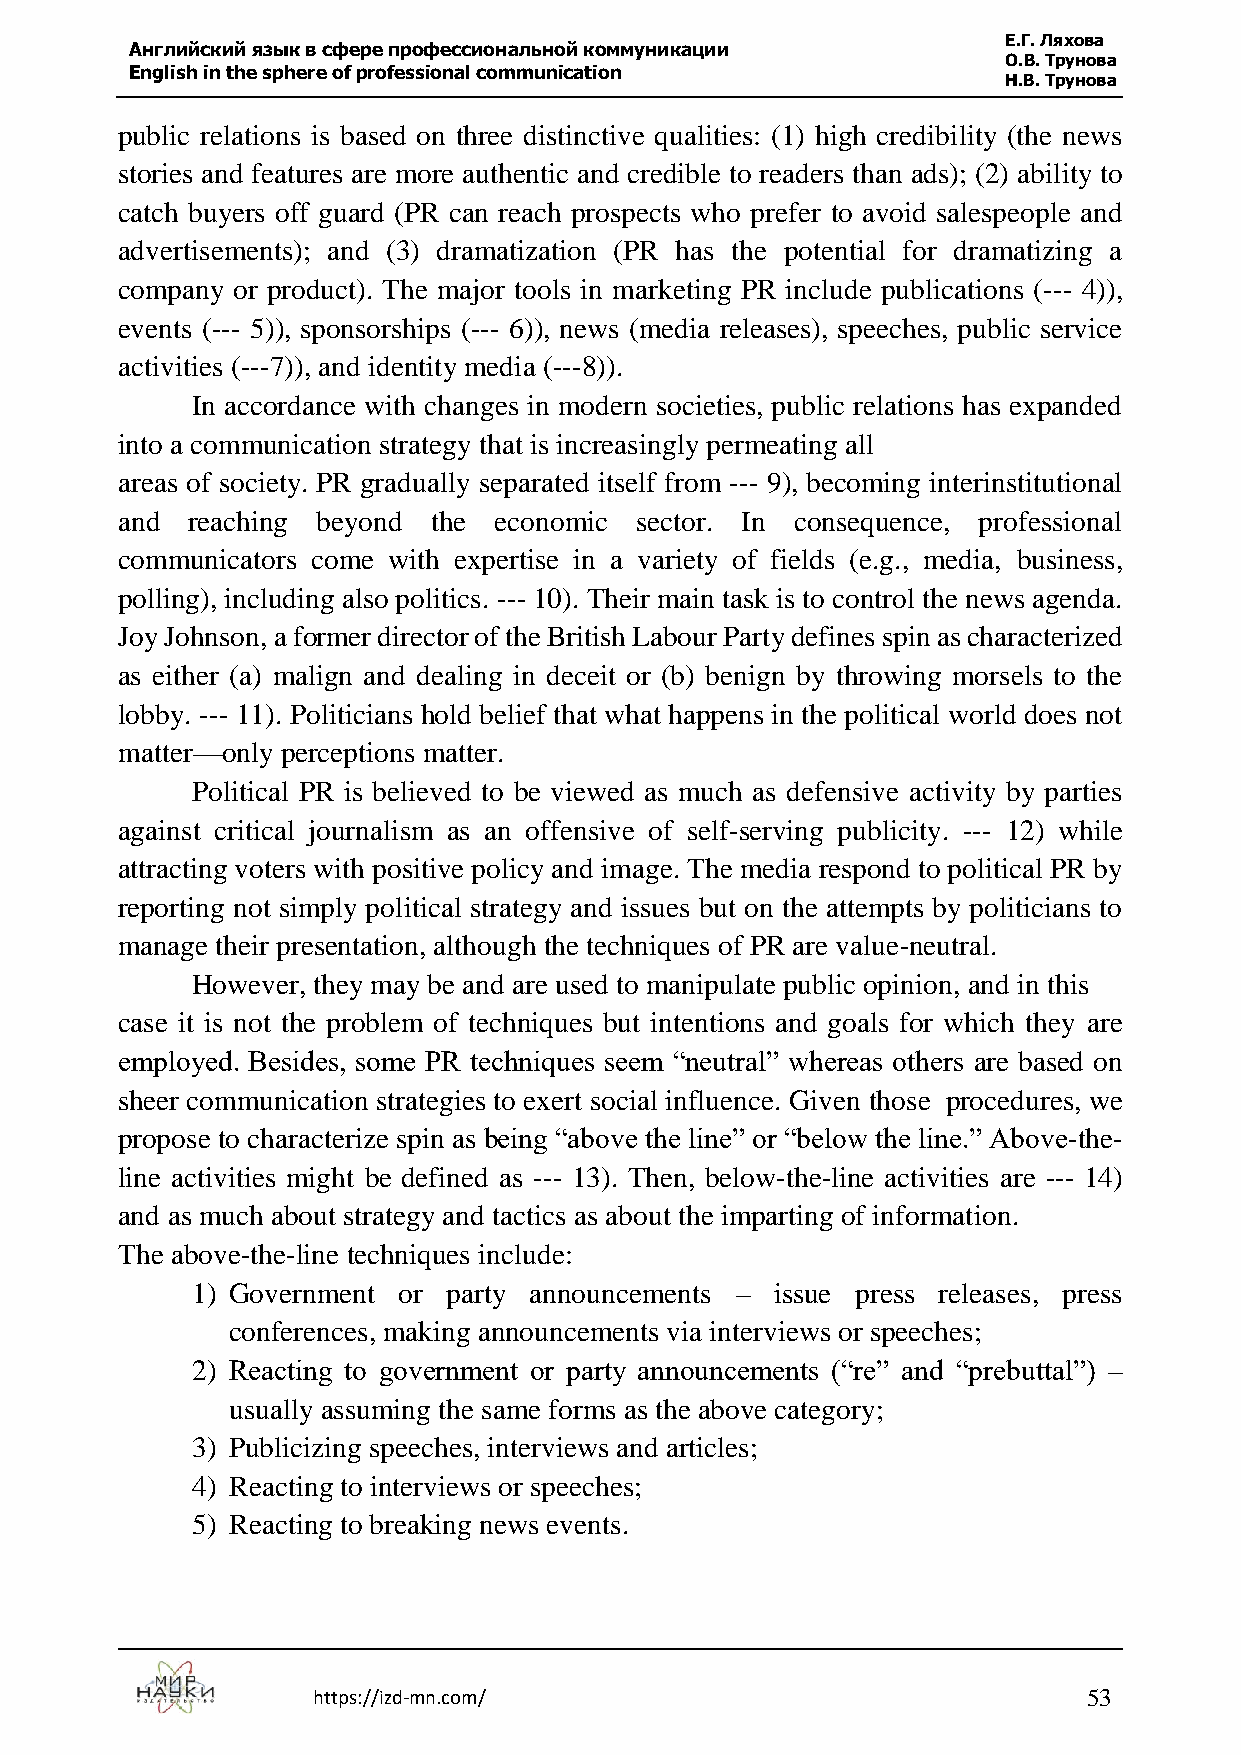
Е.Г. Ляхова
 Английский язык в сфере профессиональной коммуникации
 О.В. Трунова
 English in the sphere of professional communication
 Н.В. Трунова
 public relations is based on three distinctive qualities: (1) high credibility (the news
 stories and features are more authentic and credible to readers than ads); (2) ability to
 catch buyers off guard (PR can reach prospects who prefer to avoid salespeople and
 advertisements); and (3) dramatization (PR has the potential for dramatizing a
 company or product). The major tools in marketing PR include publications (--- 4)),
 events (--- 5)), sponsorships (--- 6)), news (media releases), speeches, public service
 activities (---7)), and identity media (---8)).
 In accordance with changes in modern societies, public relations has expanded
 into a communication strategy that is increasingly permeating all
 areas of society. PR gradually separated itself from --- 9), becoming interinstitutional
 and reaching beyond  the economic sector. In consequence, professional
 communicators come with expertise in a variety of fields (e.g., media, business,
 polling), including also politics. --- 10). Their main task is to control the news agenda.
 Joy Johnson, a former director of the British Labour Party defines spin as characterized
 as either (a) malign and dealing in deceit or (b) benign by throwing morsels to the
 lobby. --- 11). Politicians hold belief that what happens in the political world does not
 matter—only perceptions matter.
 Political PR is believed to be viewed as much as defensive activity by parties
 against critical journalism as an offensive of self-serving publicity. --- 12) while
 attracting voters with positive policy and image. The media respond to political PR by
 reporting not simply political strategy and issues but on the attempts by politicians to
 manage their presentation, although the techniques of PR are value-neutral.
 However, they may be and are used to manipulate public opinion, and in this
 case it is not the problem of techniques but intentions and goals for which they are
 employed. Besides, some PR techniques seem “neutral” whereas others are based on
 sheer communication strategies to exert social influence. Given those procedures, we
 propose to characterize spin as being “above the line” or “below the line.” Above-the-
 line activities might be defined as --- 13). Then, below-the-line activities are --- 14)
 and as much about strategy and tactics as about the imparting of information.
 The above-the-line techniques include:
 1) Government or party announcements – issue press releases, press
 conferences, making announcements via interviews or speeches;
 2) Reacting to government or party announcements (“re” and “prebuttal”) –
 usually assuming the same forms as the above category;
 3) Publicizing speeches, interviews and articles;
 4) Reacting to interviews or speeches;
 5) Reacting to breaking news events.
 https://izd-mn.com/                                53